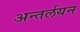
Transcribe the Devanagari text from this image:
अन्तर्लयन